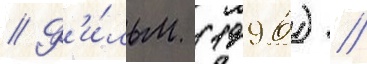
// Ф'и́льм (1996) //